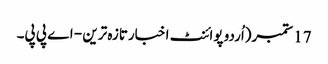
17 ستمبر(اُردو پوائنٹ اخبارتازہ ترین - اے پی پی۔